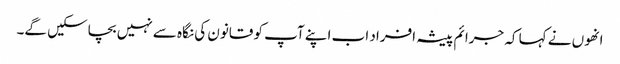
انھوں نے کہا کہ جرائم پیشہ افراد اب اپنے آپ کو قانون کی نگاہ سے نہیں بچاسکیں گے۔